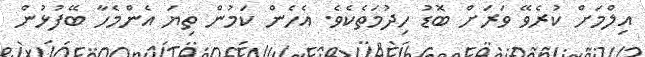
އިލްމަށް ކުރެވޭ ވަރަށް ބޮޑު ހިދުމަތެކެވެ. އެހެން ކަމުން ތިޔަ އެންމެހާ ބޭފުޅުން